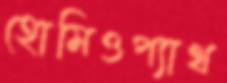
হোমিওপ্যাথ